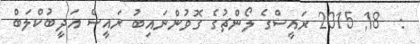
:  18